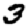
Digit: 3